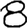
Digit: 8